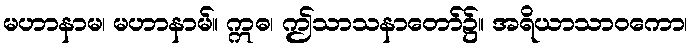
မဟာနာမ၊ မဟာနာမ်။ ဣဓ၊ ဤသာသနာတော်၌။ အရိယာသာဝကော၊